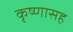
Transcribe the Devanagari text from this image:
कृष्णासह